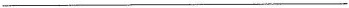
___